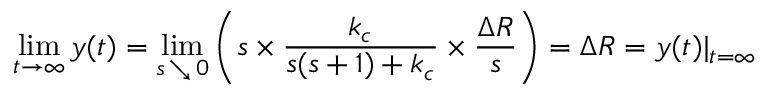
\operatorname* { l i m } _ { t \to \infty } y ( t ) = \operatorname* { l i m } _ { s \, \searrow \, 0 } \left( s \times { \frac { k _ { c } } { s ( s + 1 ) + k _ { c } } } \times { \frac { \Delta R } { s } } \right) = \Delta R = y ( t ) | _ { t = \infty }